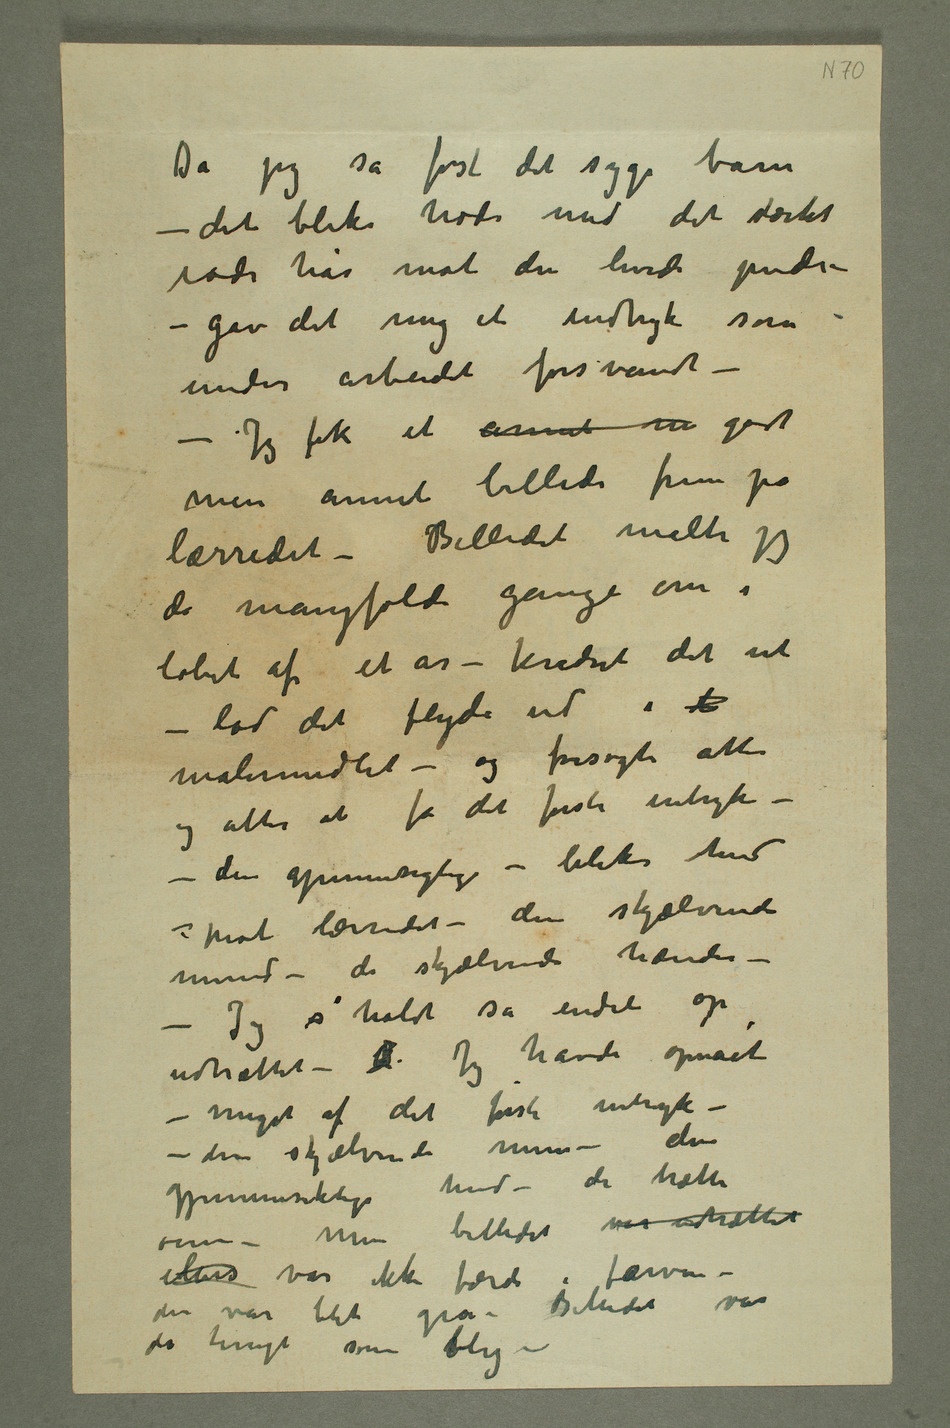
Da jeg så først det syge barn
– det bleke hode med det stærkt
røde hår mot den hvide pude –
– gav det mig et indtryk som
under arbeidet forsvandt –
– Jeg fik et annet in godt
men annet billede frem på
lærredet – Billedet malte jeg
da mangfoldi gange om i
løbet af et år – kradset det ut –
lod det flyde ud i d
malermidlet – og forsøgte atter
atter at få det første intryk –
– den gjennemsigtige – bleke hud –
mot lærredet – den skjælvende
mund – de skjælvende hænder –
– Jeg s holdt så endeli op,
udtrættet – Jeg havde opnået
– meget af det første intryk –
– den skjælvende mun – den
gjennemsigtige hud – de trætte
øine – Men billedet var udtrættet
ellers var ikke færdi i farven –
den var blit grå – Billedet var
da tungt som bly –